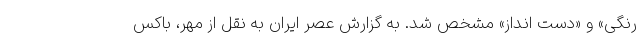
رنگی» و «دست انداز» مشخص شد. به گزارش عصر ایران به نقل از مهر، باکس